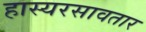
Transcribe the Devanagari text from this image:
हास्यरसावतार